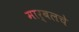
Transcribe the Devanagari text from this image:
मार्बलचे